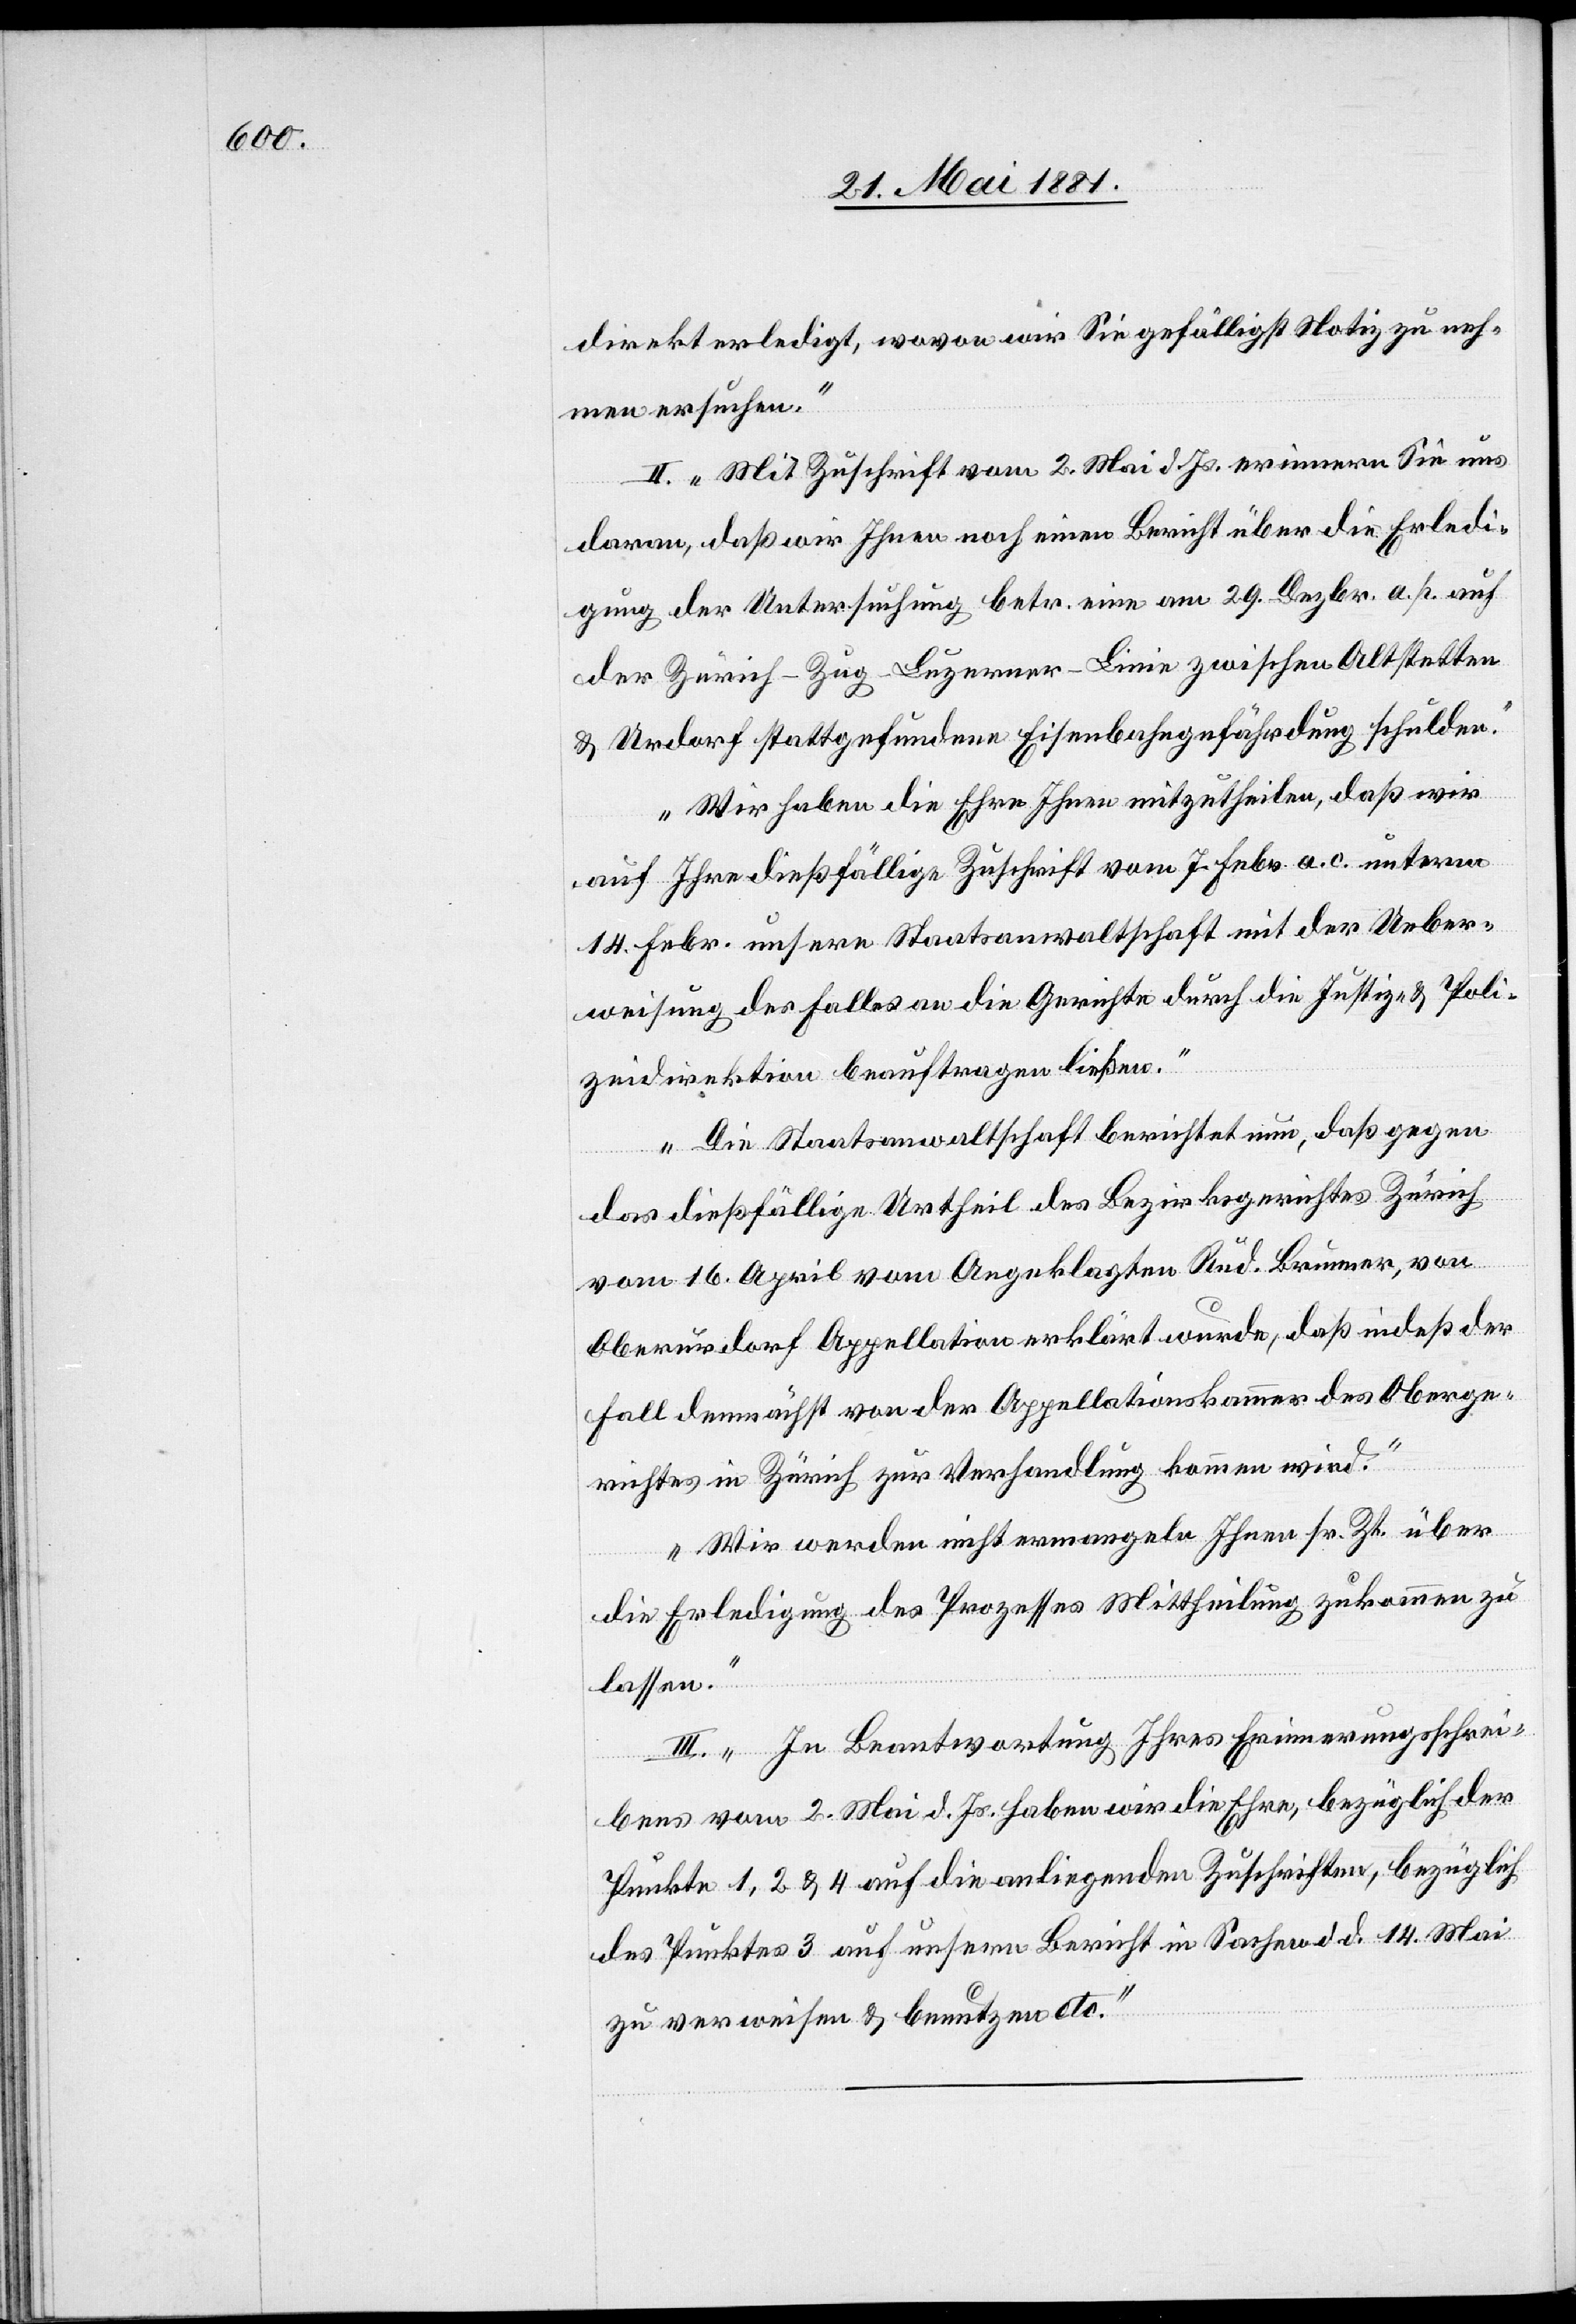
direkt erledigt, wovon wir Sie gefälligst Notiz zu neh¬
men ersuchen.“
II. „Mit Zuschrift vom 2. Mai d. Js. erinnern Sie uns
daran, das wir Ihnen noch einen Bericht über die Erledi¬
gung der Untersuchung betr. eine am 29. Dezbr. a. p. auf
der Zürich–Zug–Luzerner-Linie zwischen Altstetten
& Urdorf stattgefundene Eisenbahngefährdung schulden.
Wir haben die Ehre Ihnen mitzutheilen, daß wir
auf Ihre dießfällige Zuschrift vom 7. Febr. a. c. unterm
14. Febr. unsere Staatsanwaltschaft mit der Ueber¬
weisung des Falles an die Gerichte durch die Justiz- & Poli¬
zeidirektion beauftragen ließen.
Die Staatsanwaltschaft berichtet nun, daß gegen
das dießfällige Urtheil des Bezirksgerichtes Zürich
vom 16. April vom Angeklagten Rud. Brunner, von
Oberurdorf Appellation erklärt wurde, daß indeß der
Fall demnächst von der Appellationskammer des Oberge¬
richtes in Zürich zur Verhandlung kommen wird.
Wir werden nicht ermangeln Ihnen sr. Zt. über
die Erledigung des Prozesses Mittheilung zukommen zu
lassen.“
III. „In Beantwortung Ihres Erinnerungsschrei¬
bens vom 2. Mai d. Js. haben wir die Ehre, bezüglich der
Punkte 1, 2 & 4 auf die anliegenden Zuschriften, bezüglich
des Punktes 3 auf unsern Bericht in Sachen d. d. 14. Mai
zu verweisen & benutzen etc.“